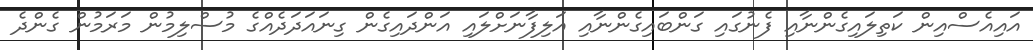
އައިއެސްއިން ކަތިލައިގެންނާއި ފެނުގައި ގަންބައިގެންނާއި އަލިފާނަށްލައި އަންދައިގެން ގިނައަދަދެއްގެ މުސްލިމުން މަރަމުން ގެންދެ